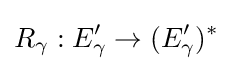
R_{\gamma }:E_{\gamma }'\to (E_{\gamma }')^{*}